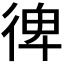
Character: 𢔌